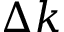
\Delta k